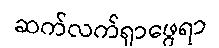
ဆက်လက်ရှာဖွေရာ